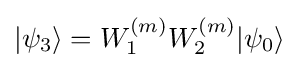
|\psi _{3}\rangle =W_{1}^{(m)}W_{2}^{(m)}|\psi _{0}\rangle